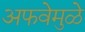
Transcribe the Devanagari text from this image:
अफवेमुळे